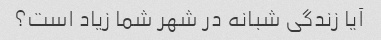
آیا زندگی شبانه در شهر شما زیاد است؟